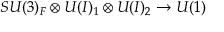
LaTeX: S U ( 3 ) _ { F } \otimes U ( I ) _ { 1 } \otimes U ( I ) _ { 2 } \to U ( 1 )